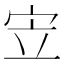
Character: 𫲿